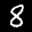
Label: 8